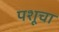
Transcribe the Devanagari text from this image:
पशूचा